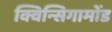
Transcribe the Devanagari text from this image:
क्विन्सिगामोंड